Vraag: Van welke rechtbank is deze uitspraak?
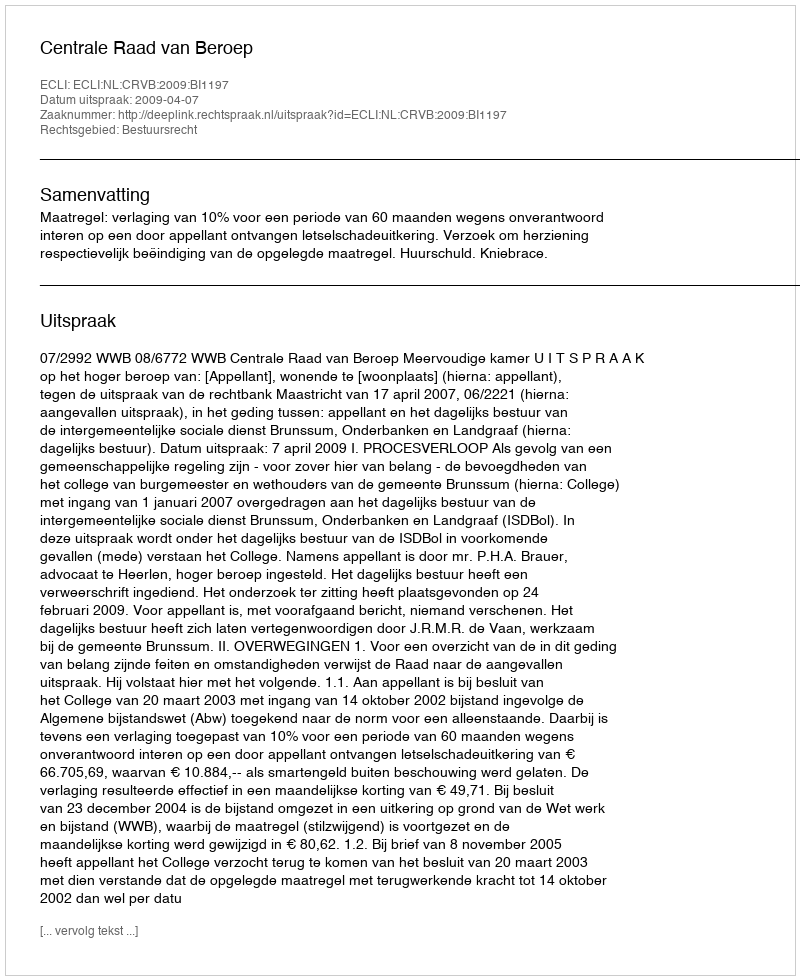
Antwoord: Centrale Raad van Beroep